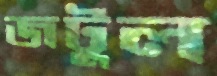
জটুল